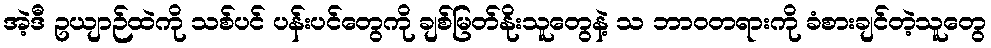
အဲ့ဒီ ဥယျာဉ်ထဲကို သစ်ပင် ပန်းပင်တွေကို ချစ်မြတ်နိုးသူတွေနဲ့ သ ဘာဝတရားကို ခံစားချင်တဲ့သူတွေ